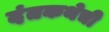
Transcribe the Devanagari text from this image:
दंतकथेची